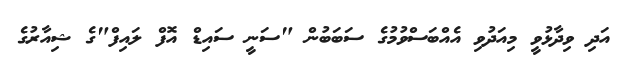
އަދި ވިދާޅުވީ މިއަދުވި އެއްބަސްވުމުގެ ސަބަބުން "ސަނީ ސައިޑް އޮފް ލައިފް"ގެ ޝިއާރުގެ